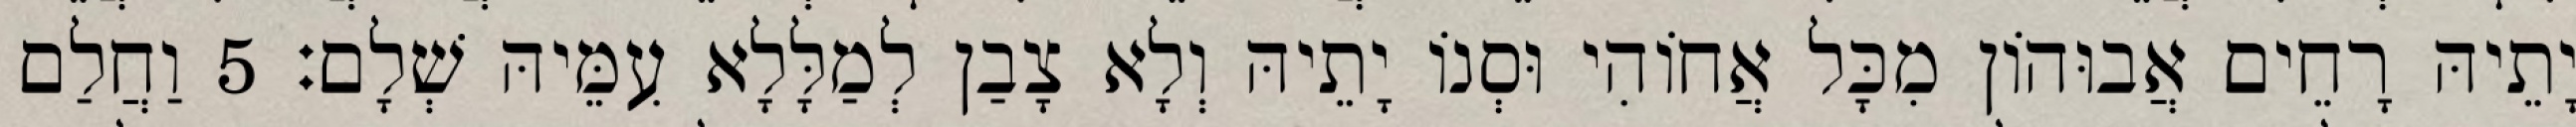
יָתֵיהּ רָחֵים אֲבוּהוֹן מִכָּל אֲחוֹהִי וּסְנוֹ יָתֵיהּ וְלָא צָבַן לְמַלָּלָא עִמֵּיהּ שְׁלָם׃ 5 וַחֲלַם